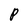
Character: P